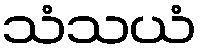
သံသယံ